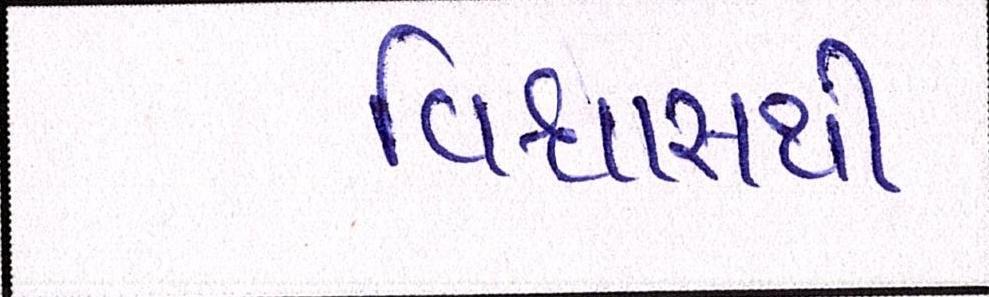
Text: વિશ્વાસથી